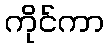
ကိုင်ကာ